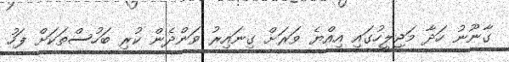
ގާނޫނު ހަދާ މަޖިލީހުގައި އިއްޔެ ވަރަށް ގިނައިރު ވަންދެން ކުރި ބަހުސްތަކަށް ފަހު